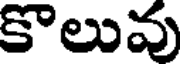
కొలువు